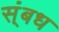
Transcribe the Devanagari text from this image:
स्ंबध